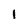
Character: 1